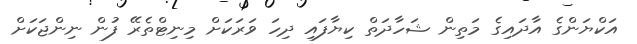
އަކްޔަންގެ އާދައިގެ މަތިން ޝަހާދަތް ކިޔާފައި ދިހަ ވަރަކަށް މިނިޓްތެރޭ ފުން ނިންޖަކަށް